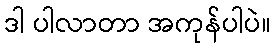
ဒါ ပါလာတာ အကုန်ပါပဲ။